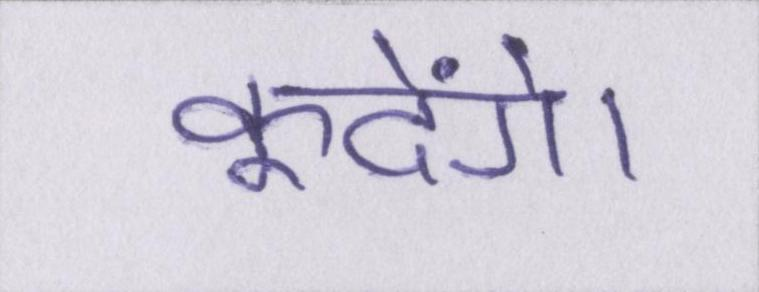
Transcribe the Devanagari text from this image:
कूदेंगे।